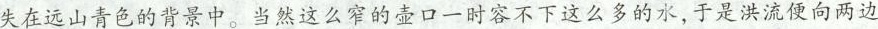
失在远山青色的背景中。当然这么窄的壶口一时容不下这么多的水，于是洪流便向两边